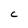
Character: C